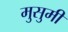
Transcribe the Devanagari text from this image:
मुसुमी